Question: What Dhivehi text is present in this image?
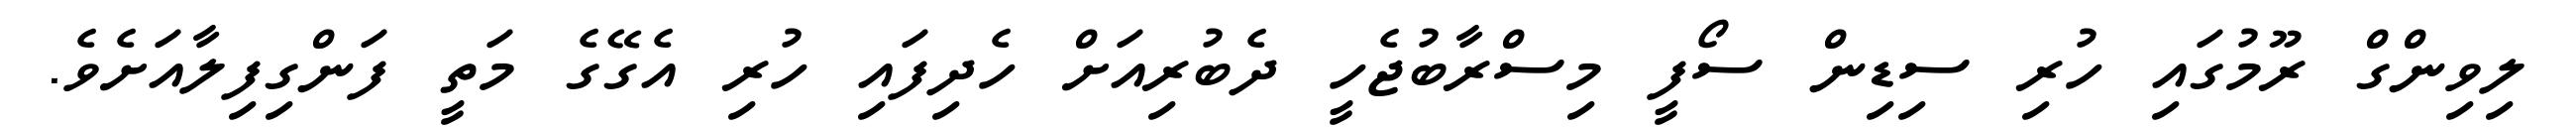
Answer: ލިވިންގް ރޫމުގައި ހުރި ސިޑިން ސޯފީ މިސްރާބުޖެހީ ދެބުރިއަށް ހެދިފައި ހުރި އެގޭގެ މަތީ ފަންގިފިލާއަށެވެ.